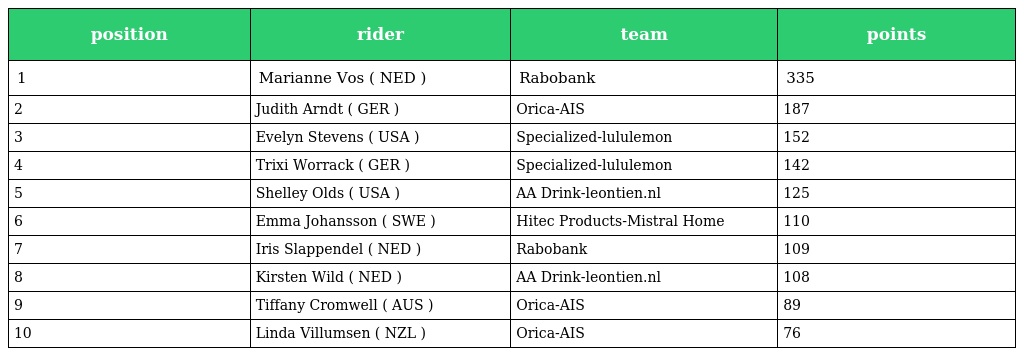
| position | rider | team | points |
 | --- | --- | --- | --- |
 | 1 | Marianne Vos ( NED ) | Rabobank | 335 |
 | 2 | Judith Arndt ( GER ) | Orica-AIS | 187 |
 | 3 | Evelyn Stevens ( USA ) | Specialized-lululemon | 152 |
 | 4 | Trixi Worrack ( GER ) | Specialized-lululemon | 142 |
 | 5 | Shelley Olds ( USA ) | AA Drink-leontien.nl | 125 |
 | 6 | Emma Johansson ( SWE ) | Hitec Products-Mistral Home | 110 |
 | 7 | Iris Slappendel ( NED ) | Rabobank | 109 |
 | 8 | Kirsten Wild ( NED ) | AA Drink-leontien.nl | 108 |
 | 9 | Tiffany Cromwell ( AUS ) | Orica-AIS | 89 |
 | 10 | Linda Villumsen ( NZL ) | Orica-AIS | 76 |